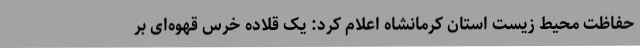
حفاظت محیط زیست استان کرمانشاه اعلام کرد: یک قلاده خرس قهوه‌ای بر